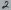
Text: 2